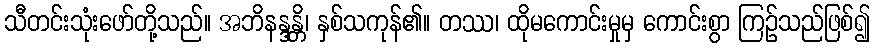
သီတင်းသုံးဖော်တို့သည်။ အဘိနန္ဒန္တိ၊ နှစ်သကုန်၏။ တဿ၊ ထိုမကောင်းမှုမှ ကောင်းစွာ ကြဉ်သည်ဖြစ်၍